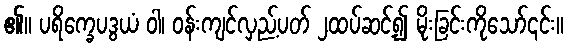
၏။ ပရိက္ခေပဒွယံ ဝါ၊ ဝန်းကျင်လှည့်ပတ် ၂ထပ်ဆင့်၍ မိုးခြင်းကိုသော်၎င်း။